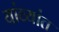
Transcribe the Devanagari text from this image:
यांव्यांत